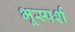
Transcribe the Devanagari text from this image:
भूस्पर्श